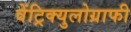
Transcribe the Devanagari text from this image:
वेंट्रिक्युलोग्राफी